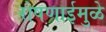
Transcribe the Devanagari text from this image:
रोषणाईमुळे